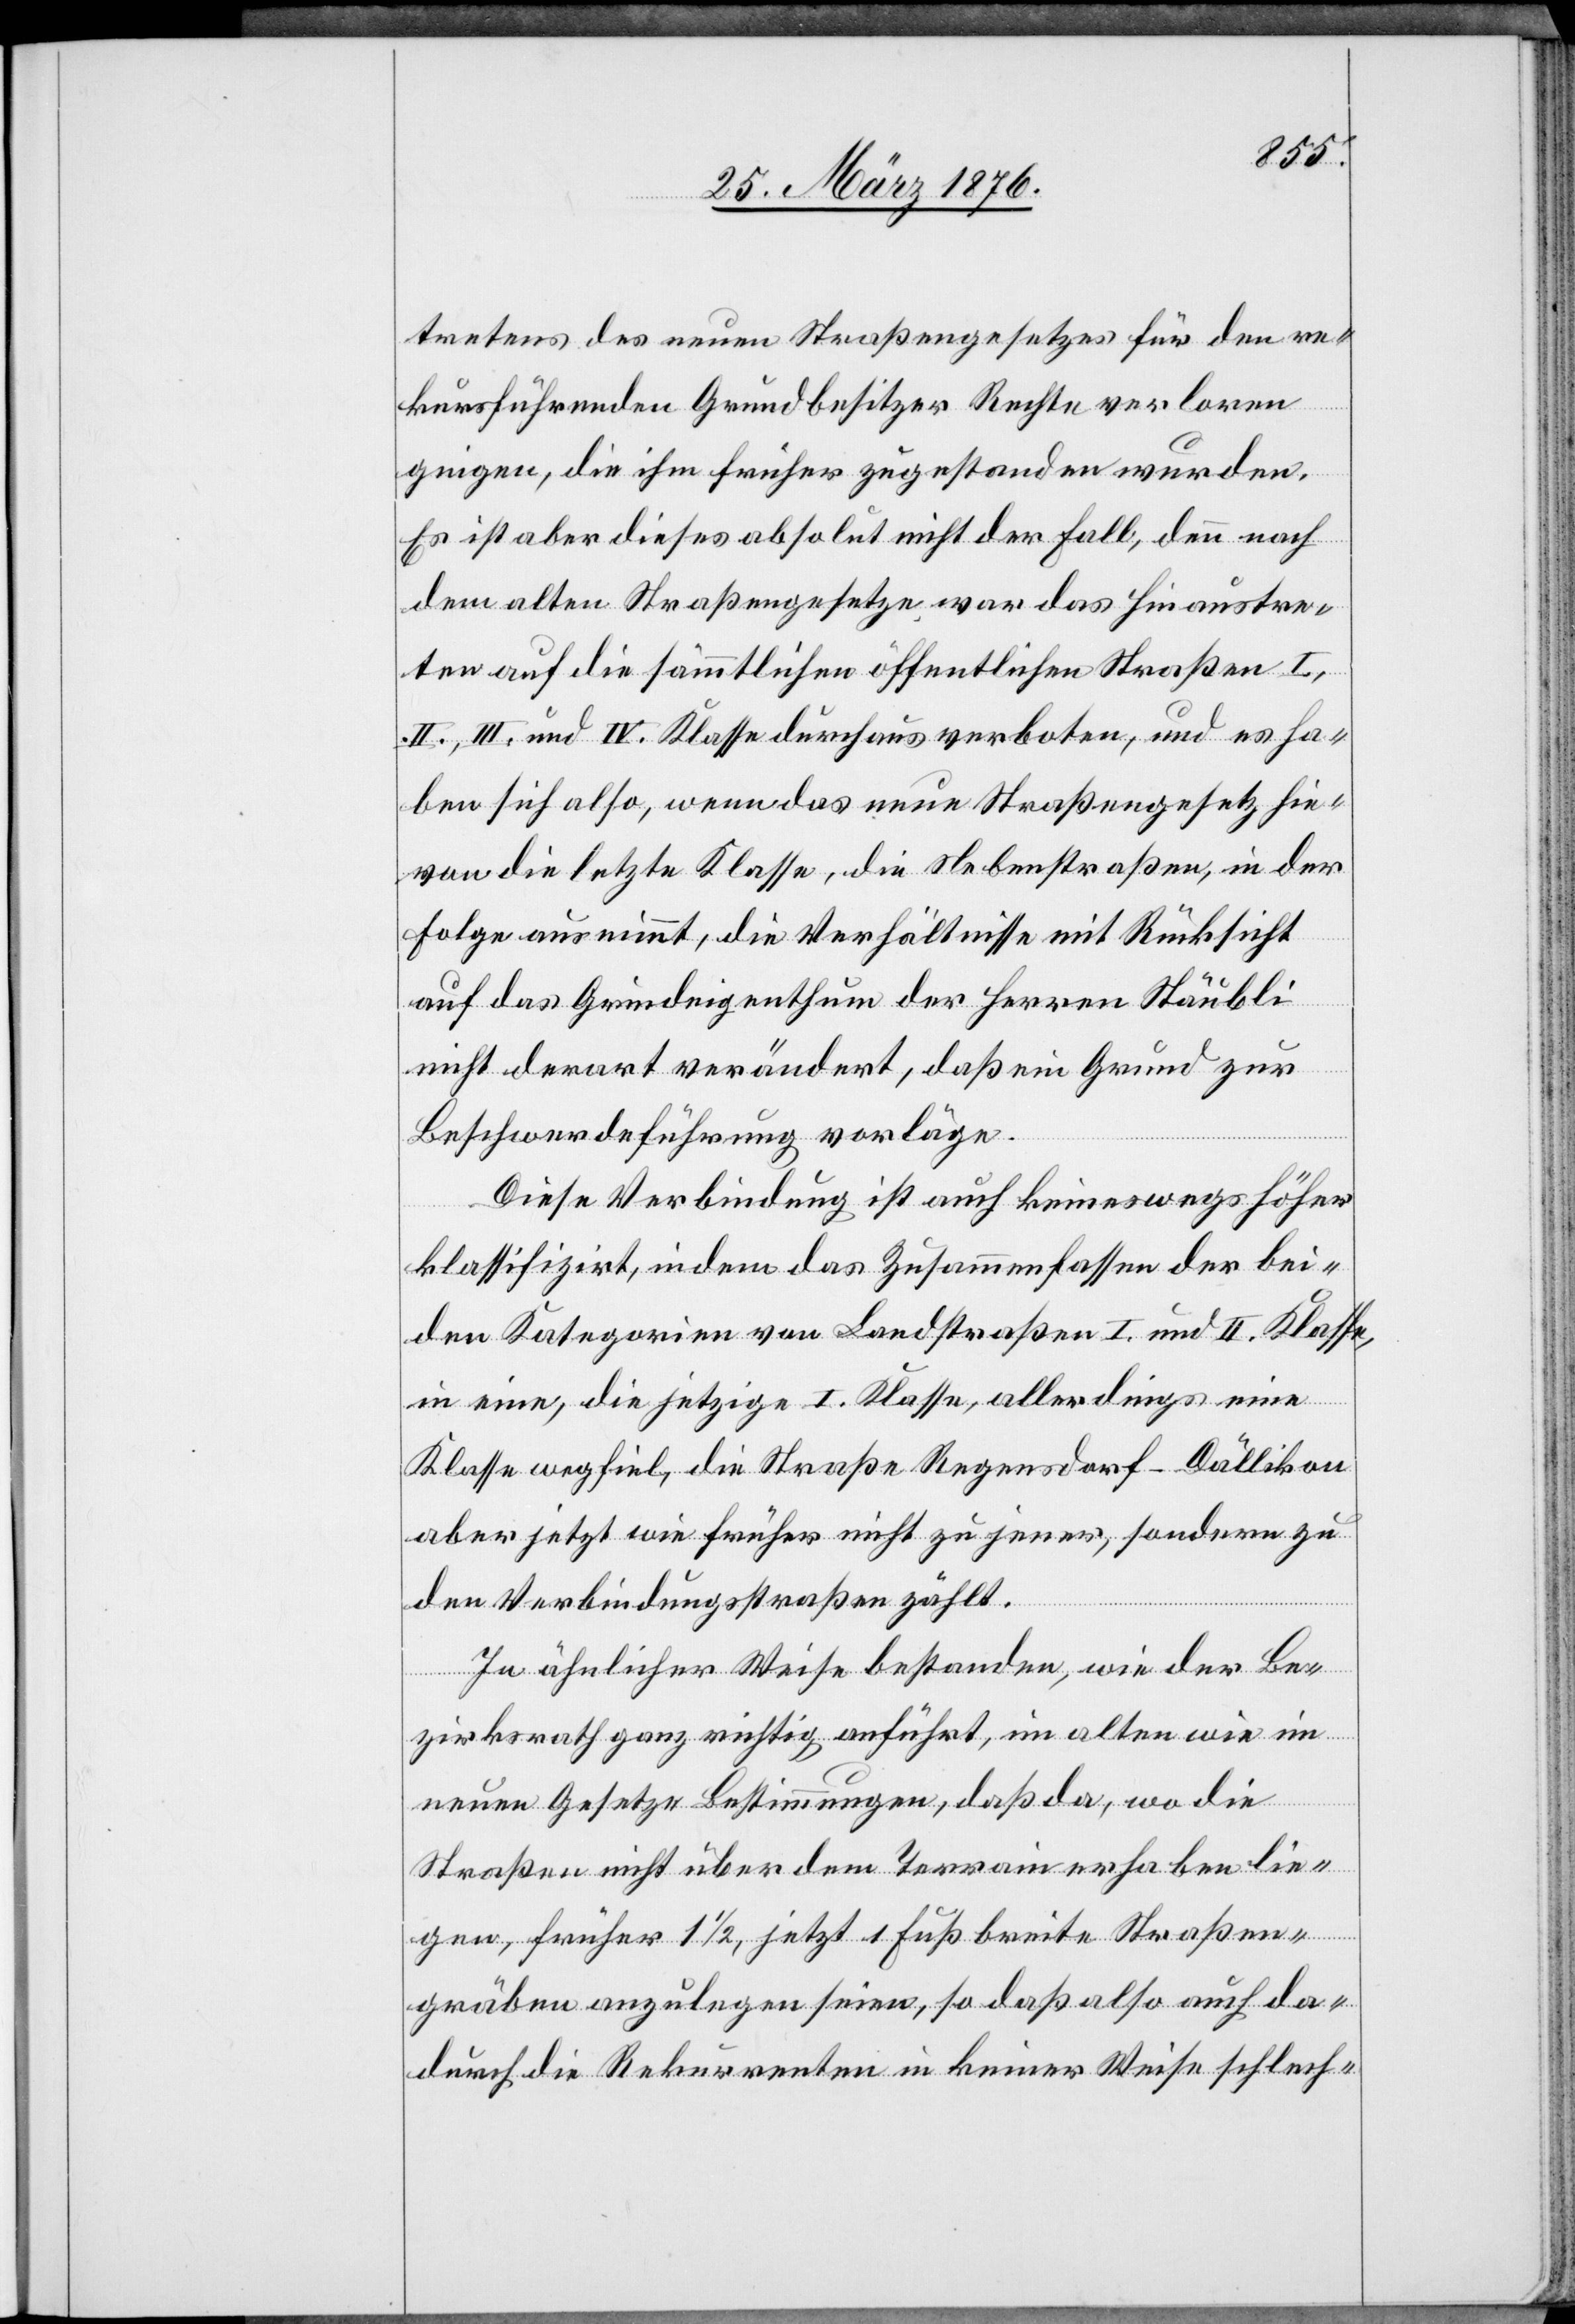
tretens des neuen Straßengesetzes für den re¬
kursführenden Grundbesitzer Rechte verloren
gingen, die ihm früher zugestanden wurden.
Es ist aber dieses absolut nicht der Fall, denn nach
dem alten Straßengesetze war das Hinaustre¬
ten auf die sämmtlichen öffentlichen Straßen I,
.II., III. und IV. Klasse durchaus verboten, und es ha¬
ben sich also, wenn das neue Straßengesetz hie¬
von die letzte Klasse, die Nebenstraßen, in der
Folge ausnimmt, die Verhältnisse mit Rücksicht
auf das Grundeigenthum der Herren Stäubli
nicht derart verändert, daß ein Grund zur
Beschwerdeführung vorläge.
Diese Verbindung ist auch keineswegs höher
klassifiziert, indem das Zusammenfassen der bei¬
den Kategorien von Landstraßen I. und II. Klasse,
in eine, die jetzige I. Klasse, allerdings eine
Klasse wegfiel, die Straße Regensdorf–Dällikon
aber jetzt wie früher nicht zu jener, sondern zu
den Verbindungsstraßen zählt.
In ähnlicher Weise bestanden, wie der Be¬
zirksrath ganz richtig anführt, im alten wie im
neuen Gesetze Bestimmungen, daß da, wo die
Straßen nicht über dem Terrain erhaben lie¬
gen, früher 1 1/2, jetzt 1 Fuß breite Straßen¬
gräben anzulegen seien, so daß also auch da¬
durch die Rekurrenten in keiner Weise schlech-